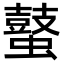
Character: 𪔖